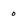
Character: o